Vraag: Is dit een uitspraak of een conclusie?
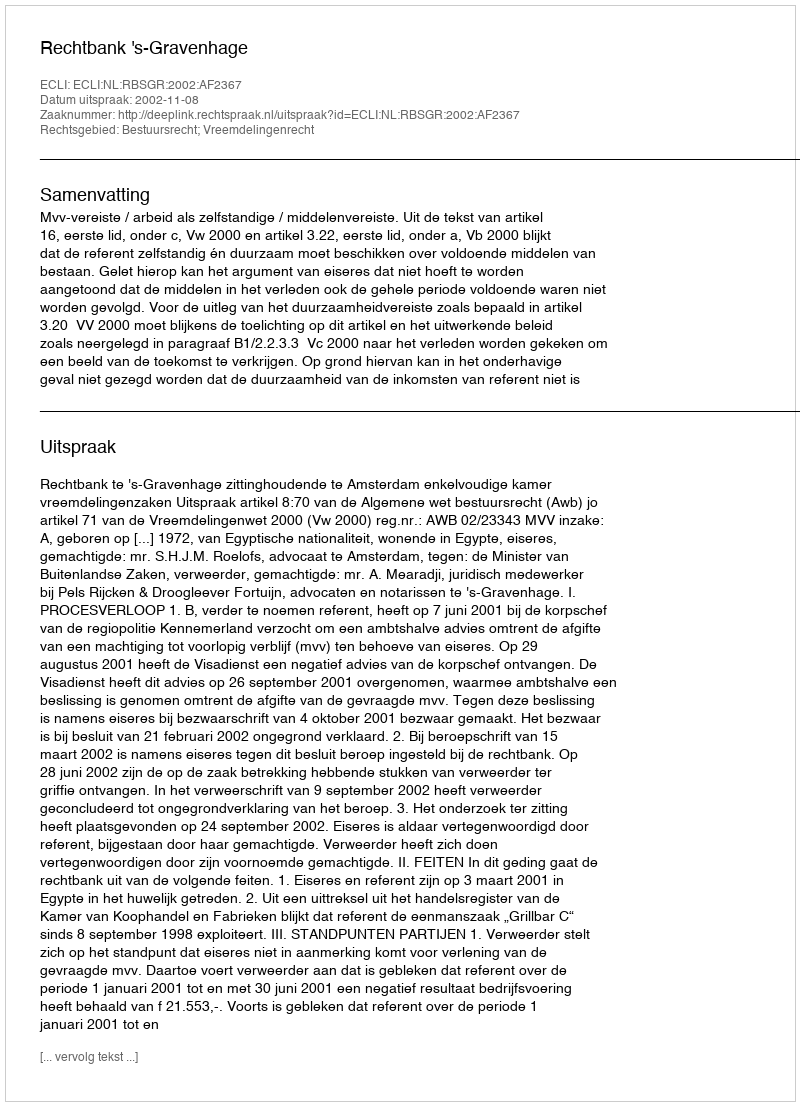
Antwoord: Uitspraak